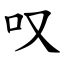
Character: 叹